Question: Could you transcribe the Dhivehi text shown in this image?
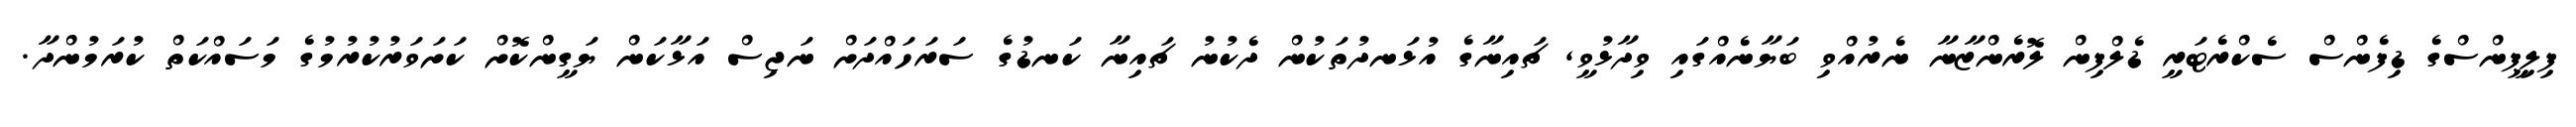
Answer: ފިލިޕީންސްގެ ޑިފެންސް ސެކްރެޓަރީ ޑެލްފިން ލޮރެންޒާނާ ނެރުއްވި ބަޔާނެއްގައި ވިދާޅުވީ, ޗައިނާގެ އުޅަނދުތަކުން ދެކުނު ޗައިނާ ކަނޑުގެ ސަރަހައްދަށް ނަޖިސް އަޅާކަން ޔަގީންކޮށް ކަށަވަރުކުރުމުގެ މަސައްކަތް ކުރަމުންދާ.